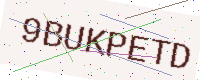
Text: 9BUKPETD